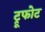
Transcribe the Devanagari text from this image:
ट्रूफोट